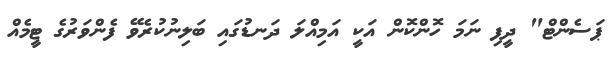
ޕަސެންޓް" ދީފި ނަމަ ހޮންކޮޮން އަކީ އަމިއްލަ ދަނޑުގައި ބަލިނުކުރެވޭ ފެންވަރުގެ ޓީމެއް